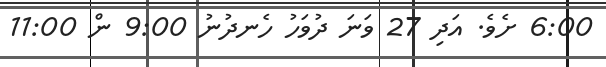
6:00 ށެވެ. އަދި 27 ވަނަ ދުވަހު ހެނދުނު 9:00 ން 11:00